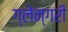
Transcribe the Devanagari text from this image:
ग्लेन्गरी